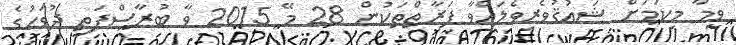
ވީމާ މިކަމަށް ޝައުޤުވެރިވެލައްވާ ފަރާތްތަކުން 28 މޭ 2015 ވާ ބުރާސްފަތި ދުވަހުގެ